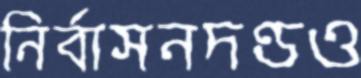
নির্বাসনদণ্ডও